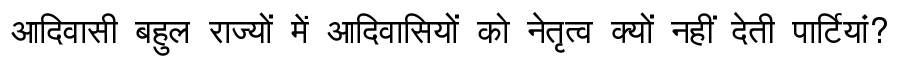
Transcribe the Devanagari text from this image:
आदिवासी बहुल राज्यों में आदिवासियों को नेतृत्व क्यों नहीं देती पार्टियां?